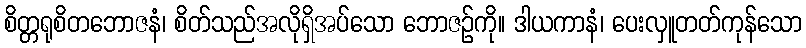
စိတ္တရုစိတဘောဇနံ၊ စိတ်သည်အလိုရှိအပ်သော ဘောဇဉ်ကို။ ဒါယကာနံ၊ ပေးလှူတတ်ကုန်သော